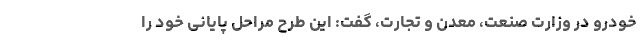
خودرو در وزارت صنعت، معدن و تجارت، گفت: این طرح مراحل پایانی خود را